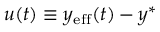
u ( t ) \equiv y _ { \mathrm { { e f f } } } ( t ) - y ^ { * }